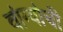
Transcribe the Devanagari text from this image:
वांग्यांची